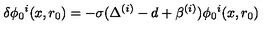
\delta \phi _ { 0 } { } ^ { i } ( x , r _ { 0 } ) = - \sigma ( \Delta ^ { ( i ) } - d + \beta ^ { ( i ) } ) \phi _ { 0 } { } ^ { i } ( x , r _ { 0 } )